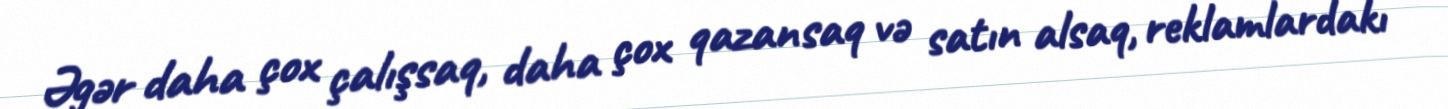
Əgər daha çox çalışsaq, daha çox qazansaq və satın alsaq, reklamlardakı